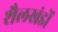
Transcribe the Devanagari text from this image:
शैलखंडों